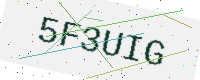
Text: 5F3UIG